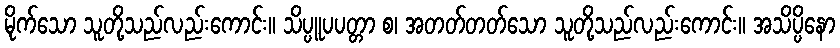
မိုက်သော သူတို့သည်လည်းကောင်း။ သိပ္ပူပပတ္တာ စ၊ အတတ်တတ်သော သူတို့သည်လည်းကောင်း။ အသိပ္ပိနော